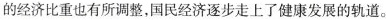
的经济比重也有所调整，国民经济逐步走上了健康发展的轨道。